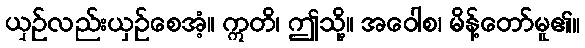
ယှဉ်လည်းယှဉ်စေအံ့။ ဣတိ၊ ဤသို့။ အဝေါစ၊ မိန့်တော်မူ၏။